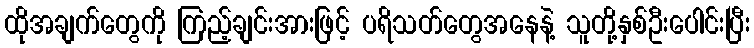
ထိုအချက်တွေကို ကြည့်ချင်းအားဖြင့် ပရိသတ်တွေအနေနဲ့ သူတို့နှစ်ဦးပေါင်းပြီး